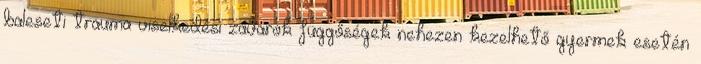
baleseti trauma viselkedési zavarok függőségek nehezen kezelhető gyermek esetén